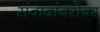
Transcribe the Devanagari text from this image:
संवादांबरोबर